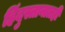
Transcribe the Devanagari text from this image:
हिंदुस्तानातही